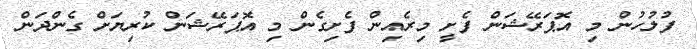
ފުލުހުން މި އޮޕަރޭޝަން ފެށީ މިރެއިން ފެށިގެން މި އޮޕަރޭޝަން ކުރިޔަށް ގެންދަން